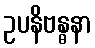
ဥပနိဗန္ဓနာ